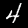
Label: 4